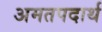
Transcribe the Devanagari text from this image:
अमतपदार्थ